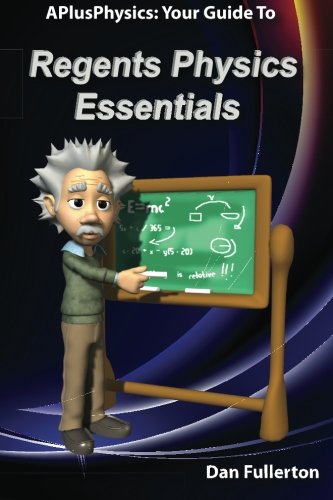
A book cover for APlusPhysics: Your Guide to Regents Physics Essentials; Dan Fullerton; Test Preparation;